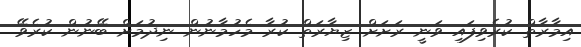
އިމާރާތް ކުރެވިފައި ވަނީ ރަށަށް ޒިޔާރަތް ކުރާ މެހުމާނުން ނިދުމަށް ބޭނުން ކުރެވޭ